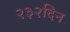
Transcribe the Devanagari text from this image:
२३२दिन